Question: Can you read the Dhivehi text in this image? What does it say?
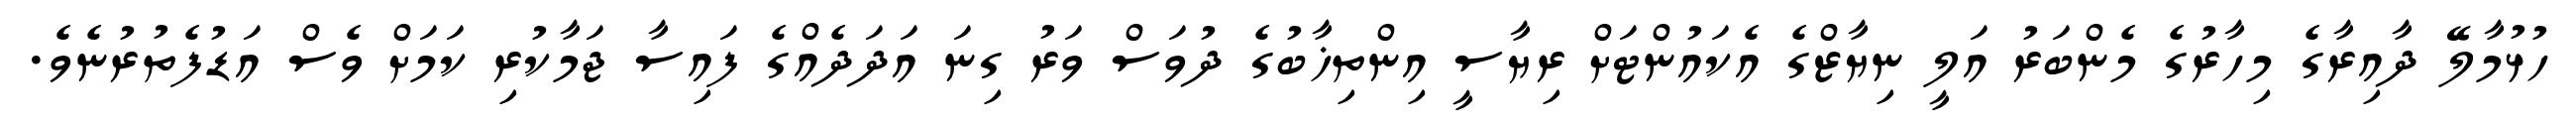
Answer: ހުޅުމާލޭ ދާއިރާގެ މިހާރުގެ މެންބަރު އަލީ ނިޔާޒްގެ އެކައުންޓަށް ރިޔާސީ އިންތިޚާބުގެ ދުވަސް ވަރު ގިނަ އަދަދެއްގެ ފައިސާ ޖަމާކުރި ކަމަށް ވެސް އަޑުފެތުރުނެވެ.